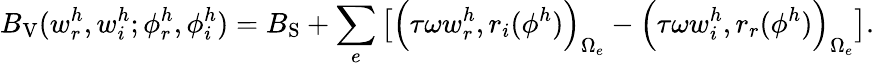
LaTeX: B_{\mathrm{V}}(w_{r}^{h},w_{i}^{h};\phi_{r}^{h},\phi_{i}^{h})=B_{\mathrm{S}}+\sum_{e}\left[\Big(\tau\omega w_{r}^{h},r_{i}(\phi^{h})\Big)_{\Omega_{e}}-\Big(\tau\omega w_{i}^{h},r_{r}(\phi^{h})\Big)_{\Omega_{e}}\right].